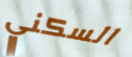
السكني